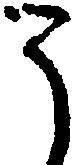
う